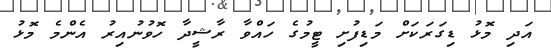
އަދި މޮޅު ޑިގަރަކަށް މަޑިފުށި ޓީމުގެ ހައްވާ ރާޝީދާ ހޮވުނުއިރު އެންމެ މޮޅު